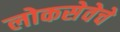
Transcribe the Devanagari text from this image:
लोकसेवेचे